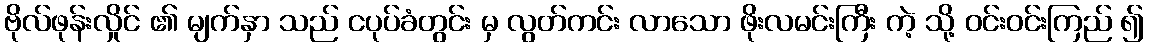
ဗိုလ်ဖုန်းလှိုင် ၏ မျက်နှာ သည် ငပုပ်ခံတွင်း မှ လွတ်ကင်း လာသော ဖိုးလမင်းကြီး ကဲ့ သို့ ဝင်းဝင်းကြည် ၍